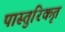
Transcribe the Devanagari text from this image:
पास्तुरिकृत